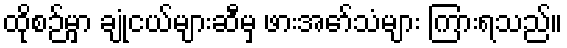
ထိုစဉ်မှာ ချုံငယ်များဆီမှ ဖားအော်သံများ ကြားရသည်။